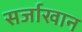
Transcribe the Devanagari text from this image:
सर्जाखान